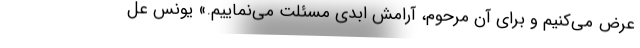
عرض می‌کنیم و برای آن مرحوم، آرامش ابدی مسئلت می‌نماییم.» یونس عل